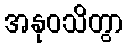
အနုဝသိတွာ